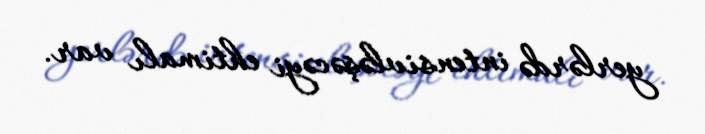
yerlərdə intensivləşəcəyi ehtimalı var.